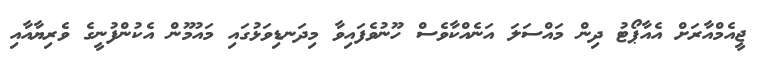
ޖީއެމްއާރަށް އެއާޕޯޓު ދިން މައްސަލަ އަނެއްކާވެސް ހޫނުވެފައިވާ މިދަނޑިވަޅުގައި މައުމޫން އެކުންފުނީގެ ވެރިޔާއާއި